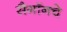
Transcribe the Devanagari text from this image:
सैगॉनचे